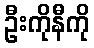
ဦးကိုနီကို